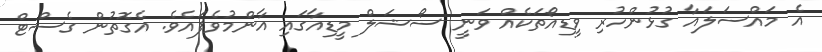
އެ މައްސަލައާ ގުޅުންހުރި ވީޑިއޯތަކެއް ވަނީ ސޯޝަލް މީޑިއާގައި އާންމުވެފައެވެ. އެގޮތުން ގެސްޓް